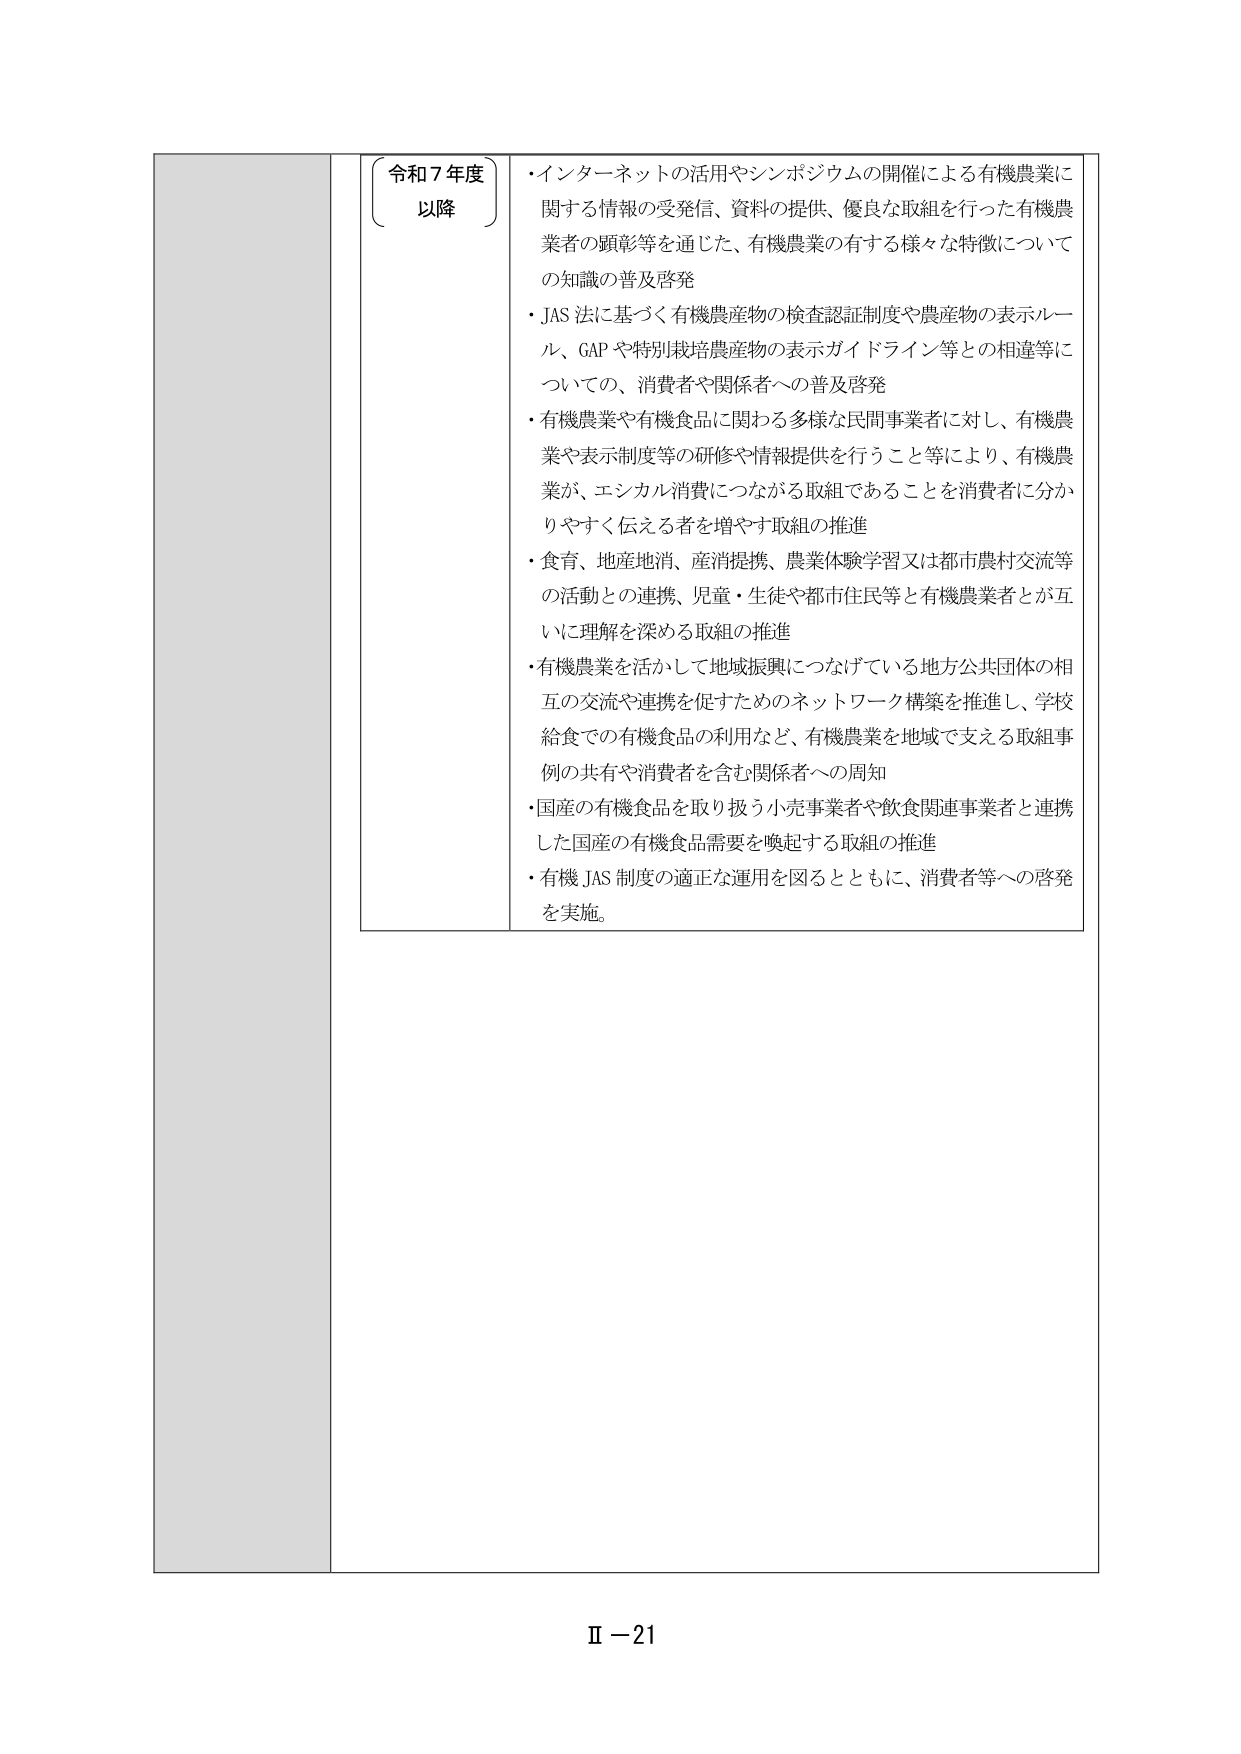
令和７年度
以降

・インターネットの活用やシンポジウムの開催による有機農業に関する情報の受発信、資料の提供、優良な取組を行った有機農業者の顕彰等を通じた、有機農業の有する様々な特徴についての知識の普及啓発
・JAS 法に基づく有機農産物の検査認証制度や農産物の表示ルール、GAP や特別栽培農産物の表示ガイドライン等との相違等についての、消費者や関係者への普及啓発
・有機農業や有機食品に関わる多様な民間事業者に対し、有機農業や表示制度等の研修や情報提供を行うこと等により、有機農業が、エシカル消費につながる取組であることを消費者に分かりやすく伝える者を増やす取組の推進
・食育、地産地消、産消提携、農業体験学習又は都市農村交流等の活動との連携、児童・生徒や都市住民等と有機農業者が互いに理解を深める取組の推進
・有機農業を活かして地域振興につなげている地方公共団体の相互の交流や連携を促すためのネットワーク構築を推進し、学校給食での有機食品の利用など、有機農業を地域で支える取組事例の共有や消費者を含む関係者への周知
・国産の有機食品を取り扱う小売事業者や飲食関連事業者と連携した国産の有機食品需要を喚起する取組の推進
・有機 JAS 制度の適正な運用を図るとともに、消費者等への啓発を実施。

Ⅱ－21